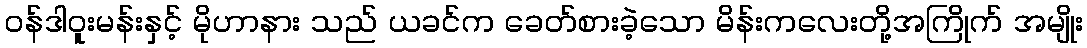
၀န်ဒါဝူးမန်းနှင့် မိုဟာနား သည် ယခင်က ခေတ်စားခဲ့သော မိန်းကလေးတို့အကြိုက် အမျိုး